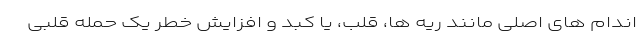
اندام های اصلی مانند ریه ها، قلب، یا کبد و افزایش خطر یک حمله قلبی